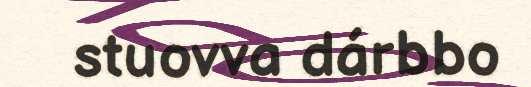
stuovva dárbbo